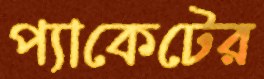
প্যাকেটের